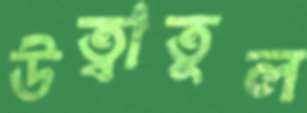
উত্বাতুল